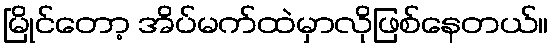
မြိုင်တော့ အိပ်မက်ထဲမှာလိုဖြစ်နေတယ်။